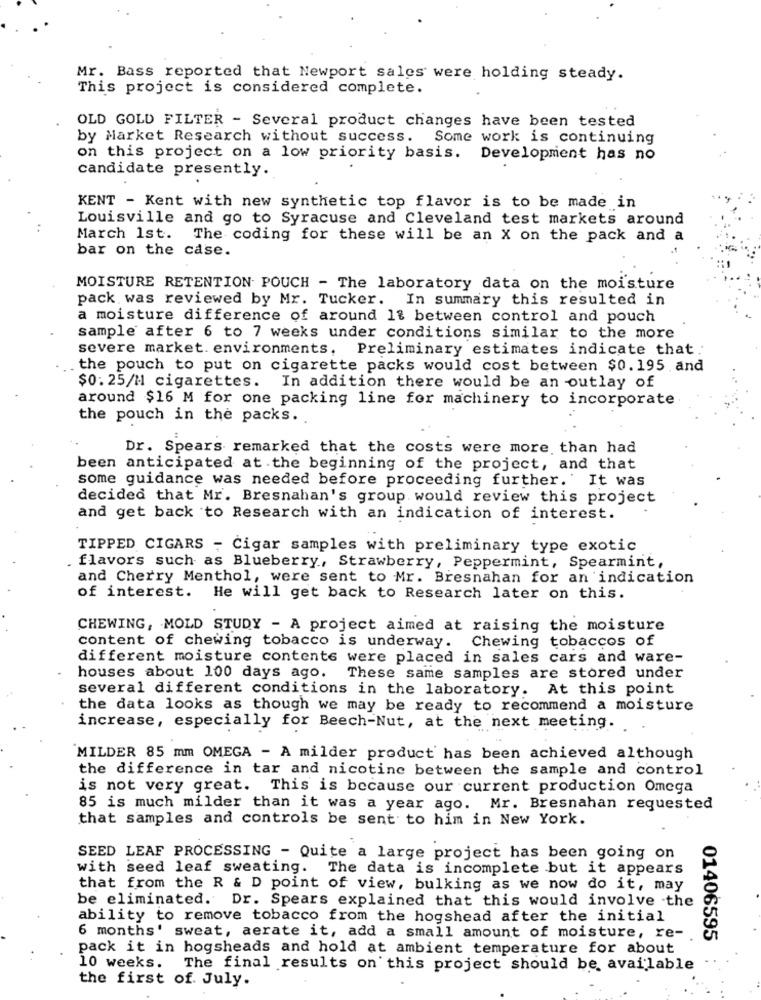
Mr. Bass reported that Newport sales were holding steady.
This project is considered complete.
OLD GOLD FILTER - Several product changes have been tested
by Market Research without success. Some work is continuing
on this project on a low priority basis. Development has no
candidate presently.
KENT - Kent with new synthetic top flavor is to be made in
Louisville and go to Syracuse and Cleveland test markets around
March 1st. The coding for these will be an X on the pack and a
bar on the case.
MOISTURE RETENTION POUCH - The laboratory data on the moisture
pack was reviewed by Mr. Tucker. In summary this resulted in
a moisture difference of around 1% between control and pouch
sample after 6 to 7 weeks under conditions similar to the more
severe market. environments, Preliminary estimates indicate that.
the pouch to put on cigarette packs would cost between $0.195 and
$0.25/M cigarettes.
In addition there would be an outlay of
around $16 M for one packing line for machinery to incorporate
the pouch in the packs ..
Dr. Spears remarked that the costs were more than had
been anticipated at the beginning of the project, and that
some guidance was needed before proceeding further. It was
decided that Mr. Bresnahan's group. would review this project
and get back to Research with an indication of interest.
TIPPED CIGARS - Cigar samples with preliminary type exotic
flavors such as Blueberry, Strawberry, Peppermint, Spearmint,
and Cherry Menthol, were sent to Mr. Bresnahan for an indication
of interest. He will get back to Research later on this.
CHEWING, MOLD STUDY - A project aimed at raising the moisture
content of chewing tobacco is underway. Chewing tobaccos of
different moisture contents were placed in sales cars and ware-
houses about 100 days ago. These same samples are stored under
several different conditions in the laboratory. At this point
the data looks as though we may be ready to recommend a moisture
increase, especially for Beech-Nut, at the next meeting.
MILDER 85 mm OMEGA - A milder product has been achieved although
the difference in tar and nicotine between the sample and control
is not very great. This is because our current production Omega
85 is much milder than it was a year ago. Mr. Bresnahan requested
that samples and controls be sent to him in New York.
SEED LEAF PROCESSING - Quite a large project has been going on
with seed leaf sweating. The data is incomplete but it appears
that from the R & D point of view, bulking as we now do it, may
be eliminated. Dr. Spears explained that this would involve the
ability to remove tobacco from the hogshead after the initial
6 months' sweat, aerate it, add a small amount of moisture, re-
01406595
pack it in hogsheads and hold at ambient temperature for about
10 weeks.
The final results on this project should be available
the first of. July.